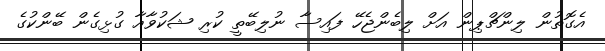
އެގޮތުން ލިންޗްޕިން އަށް ލިބެންޖެހޭ ފައިސާ ނުލިބޭތީ ކުރި ޝަކުވާއާ ގުޅިގެން ބޭންކުގެ